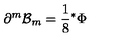
\partial ^ { m } { \cal B } _ { m } = { \frac { 1 } { 8 } } { } ^ { * } \Phi